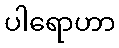
ပါရောဟာ